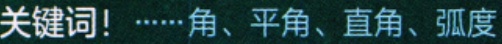
关键词！……角、平角、直角、弧度